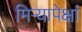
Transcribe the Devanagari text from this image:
मिऱ्यापेक्षां